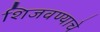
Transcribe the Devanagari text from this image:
शिजवण्याचे